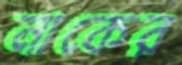
নাকের